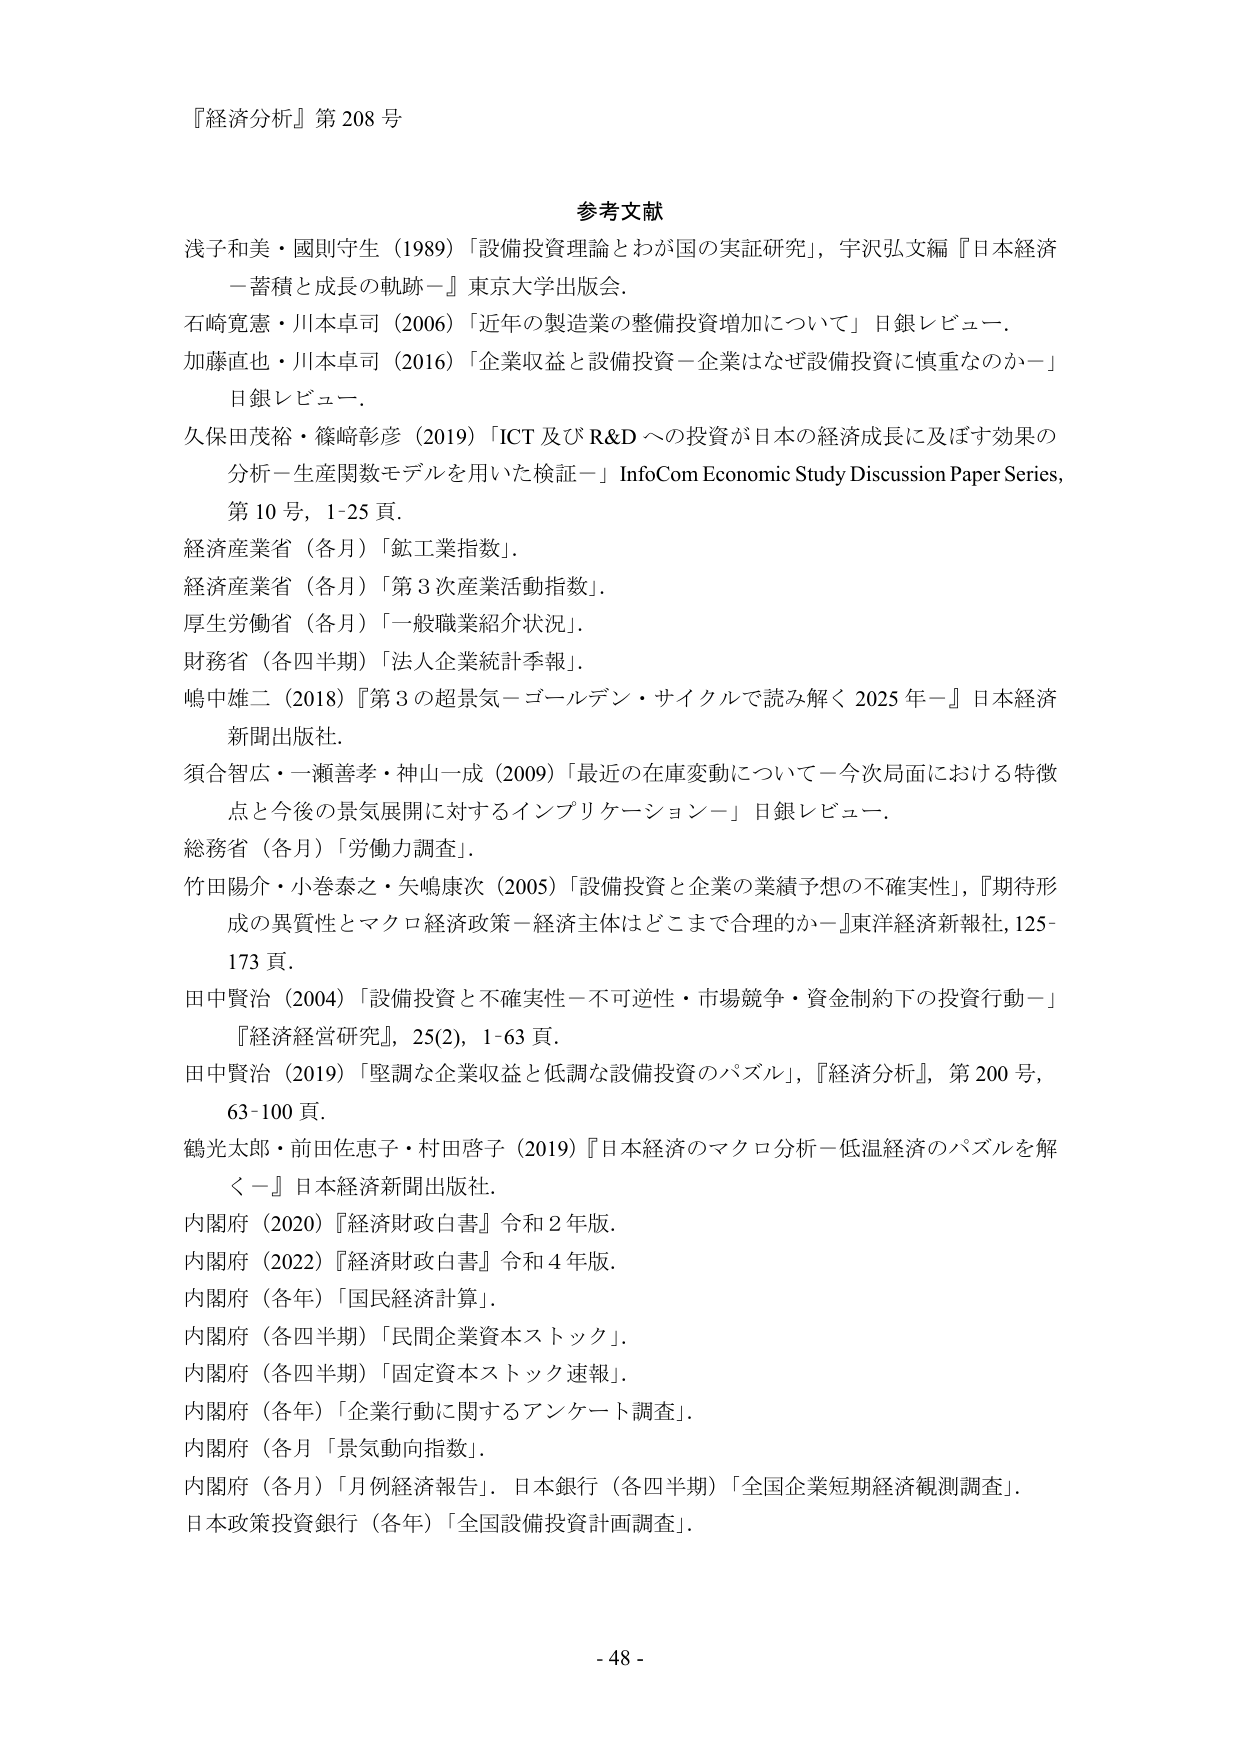
『経済分析』第 208 号

参考文献
浅子和美・國則守生（1989）「設備投資理論とわが国の実証研究」，宇沢弘文編『日本経済－蓄積と成長の軌跡－』東京大学出版会．
石崎寛恵・川本卓司（2006）「近年の製造業の整備投資増加について」日銀レビュー．
加藤直也・川本卓司（2016）「企業収益と設備投資－企業はなぜ設備投資に慎重なのか－」日銀レビュー．
久保田茂裕・篠崎彰彦（2019）「ICT 及び R&D への投資が日本の経済成長に及ぼす効果の分析－生産関数モデルを用いた検証－」InfoCom Economic Study Discussion Paper Series，第 10 号，1-25 頁．
経済産業省（各月）「鉱工業指数」．
経済産業省（各月）「第 3 次産業活動指数」．
厚生労働省（各月）「一般職業紹介状況」．
財務省（各四半期）「法人企業統計季報」．
嶋中雄二（2018）『第 3 の超景気－ゴールデン・サイクルで読み解く 2025 年－』日本経済新聞出版社．
須合智広・一瀬善孝・神山一成（2009）「最近の在庫変動について－今次局面における特徴点と今後の景気展開に対するインプリケーション－」日銀レビュー．
総務省（各月）「労働力調査」．
竹田陽介・小巻泰之・矢嶋康次（2005）「設備投資と企業の業績予想の不確実性」，『期待形成の異質性とマクロ経済政策－経済主体はどこまで合理的か－』東洋経済新報社，125-173 頁．
田中賢治（2004）「設備投資と不確実性－不可逆性・市場競争・資金制約下の投資行動－」『経済経営研究』，25(2)，1-63 頁．
田中賢治（2019）「堅調な企業収益と低調な設備投資のパズル」，『経済分析』，第 200 号，63-100 頁．
鶴光太郎・前田佐恵子・村田啓子（2019）『日本経済のマクロ分析－低温経済のパズルを解く－』日本経済新聞出版社．
内閣府（2020）『経済財政白書』令和 2 年版．
内閣府（2022）『経済財政白書』令和 4 年版．
内閣府（各年）「国民経済計算」．
内閣府（各四半期）「民間企業資本ストック」．
内閣府（各四半期）「固定資本ストック速報」．
内閣府（各年）「企業行動に関するアンケート調査」．
内閣府（各月）「景気動向指数」．
内閣府（各月）「月例経済報告」，日本銀行（各四半期）「全国企業短期経済観測調査」．
日本政策投資銀行（各年）「全国設備投資計画調査」．

- 48 -